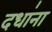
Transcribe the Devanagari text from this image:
दधा॑ना